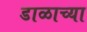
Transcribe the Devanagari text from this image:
डाळाच्या